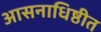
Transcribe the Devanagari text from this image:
आसनाधिष्ठीत